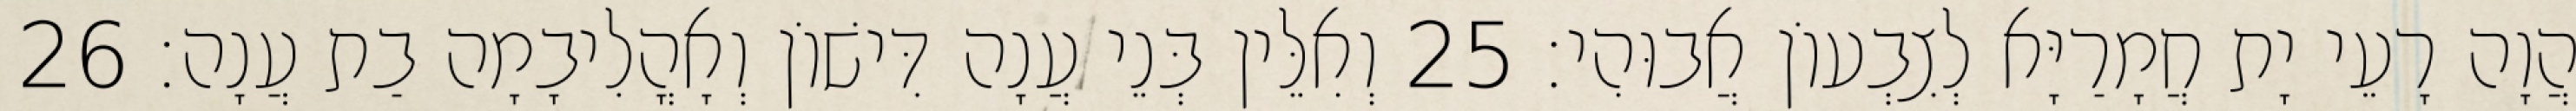
הֲוָה רָעֵי יָת חֲמָרַיָּא לְצִבְעוֹן אֲבוּהִי׃ 25 וְאִלֵּין בְּנֵי עֲנָה דִּישׁוֹן וְאָהֳלִיבָמָה בַת עֲנָה׃ 26